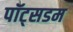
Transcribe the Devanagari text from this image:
पॉट्सडम